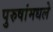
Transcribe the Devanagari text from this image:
पुरुषांमधले